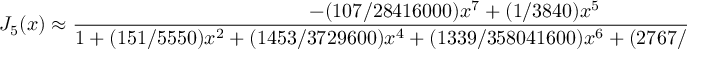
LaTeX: J _ { 5 } ( x ) \approx { \frac { - ( 1 0 7 / 2 8 4 1 6 0 0 0 ) x ^ { 7 } + ( 1 / 3 8 4 0 ) x ^ { 5 } } { 1 + ( 1 5 1 / 5 5 5 0 ) x ^ { 2 } + ( 1 4 5 3 / 3 7 2 9 6 0 0 ) x ^ { 4 } + ( 1 3 3 9 / 3 5 8 0 4 1 6 0 0 ) x ^ { 6 } + ( 2 7 6 7 / 1 2 0 3 0 1 9 7 7 6 0 0 ) x ^ { 8 } } }